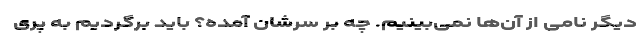
دیگر نامی از آن‌ها نمی‌بینیم. چه بر سرشان آمده؟ باید برگردیم به پری